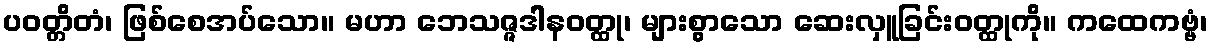
ပဝတ္တိတံ၊ ဖြစ်စေအပ်သော။ မဟာ ဘေသဇ္ဇဒါနဝတ္ထု၊ များစွာသော ဆေးလှူခြင်းဝတ္ထုကို။ ကထေကဗ္ဗံ၊